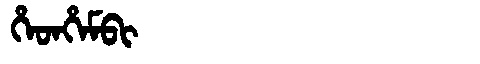
Manchu: ᡥᡝᡨᡥᡝᠮᠪᡳ
Romanization: HETHEMBI